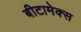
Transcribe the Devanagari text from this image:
बीटामेक्स